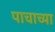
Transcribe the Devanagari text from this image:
पाचाच्या